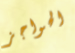
الحواجز